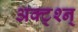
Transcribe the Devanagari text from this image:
अक्ट्श्न्